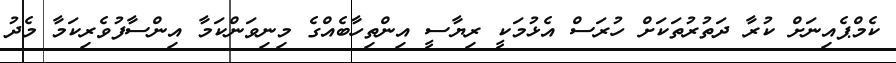
ކެމްޕެއިނަށް ކުރާ ދަތުރުތަކަށް ހުރަސް އެޅުމަކީ ރިޔާސީ އިންތިހާބެއްގެ މިނިވަންކަމާ އިންސާފުވެރިކަމާ މެދު